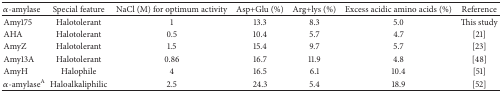
<table><thead><tr><td><b><i>α</i>-amylase</b></td><td><b>Special feature</b></td><td><b>NaCl (M) for optimum activity</b></td><td><b>Asp+Glu (%)</b></td><td><b>Arg+lys (%)</b></td><td><b>Excess acidic amino acids (%)</b></td><td><b>Reference</b></td></tr></thead><tbody><tr><td>Amy175</td><td>Halotolerant</td><td>1</td><td>13.3</td><td>8.3</td><td>5.0</td><td>This study</td></tr><tr><td>AHA</td><td>Halotolerant</td><td>0.5</td><td>10.4</td><td>5.7</td><td>4.7</td><td>[21]</td></tr><tr><td>AmyZ</td><td>Halotolerant</td><td>1.5</td><td>15.4</td><td>9.7</td><td>5.7</td><td>[23]</td></tr><tr><td>Amy13A</td><td>Halotolerant</td><td>0.86</td><td>16.7</td><td>11.9</td><td>4.8</td><td>[48]</td></tr><tr><td>AmyH</td><td>Halophile</td><td>4</td><td>16.5</td><td>6.1</td><td>10.4</td><td>[51]</td></tr><tr><td><i>α</i>-amylase<sup>A</sup></td><td>Haloalkaliphilic</td><td>2.5</td><td>24.3</td><td>5.4</td><td>18.9</td><td>[52]</td></tr></tbody></table>